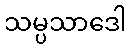
သမ္ပသာဒေါ